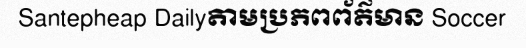
Santepheap Dailyតាមប្រភពព័ត៌មាន Soccer